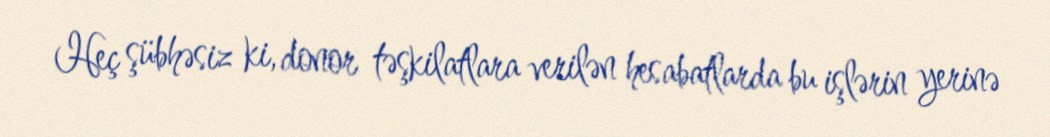
Heç şübhəsiz ki, donor təşkilatlara verilən hesabatlarda bu işlərin yerinə